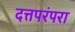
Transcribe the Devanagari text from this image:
दत्तपरंपरा